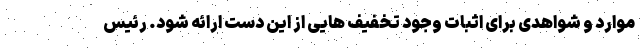
موارد و شواهدی برای اثبات وجود تخفیف هایی از این دست ارائه شود. رئیس